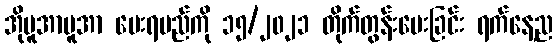
အိုမူအာမူအာ ပေးရမည်ကို ၁၅/၂၀၂၁ တိုက်တွန်းပေးခြင်း ရက်နေ့ည